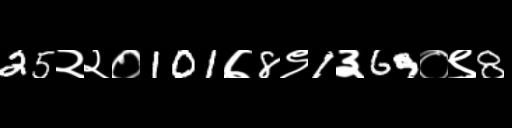
Text: 25२२०101७8९1३69०९8